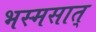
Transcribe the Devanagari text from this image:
भस्मसात्